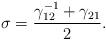
LaTeX: \begin{align*}\sigma=\frac{\gamma^{-1}_{12}+\gamma_{21}}{2}.\end{align*}